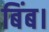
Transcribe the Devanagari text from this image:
बिंब।